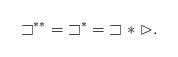
LaTeX: \begin{align*} {\sqsupset^{**}}={\sqsupset^*}={\sqsupset*\vartriangleright}. \end{align*}